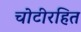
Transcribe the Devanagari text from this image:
चोटीरहित